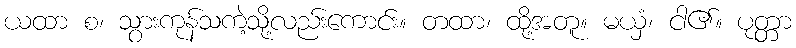
ယထာ စ၊ သွားကုန်သကဲ့သို့လည်းကောင်း။ တထာ၊ ထို့အတူ။ မယှံ၊ ငါ၏။ ပုတ္တာ